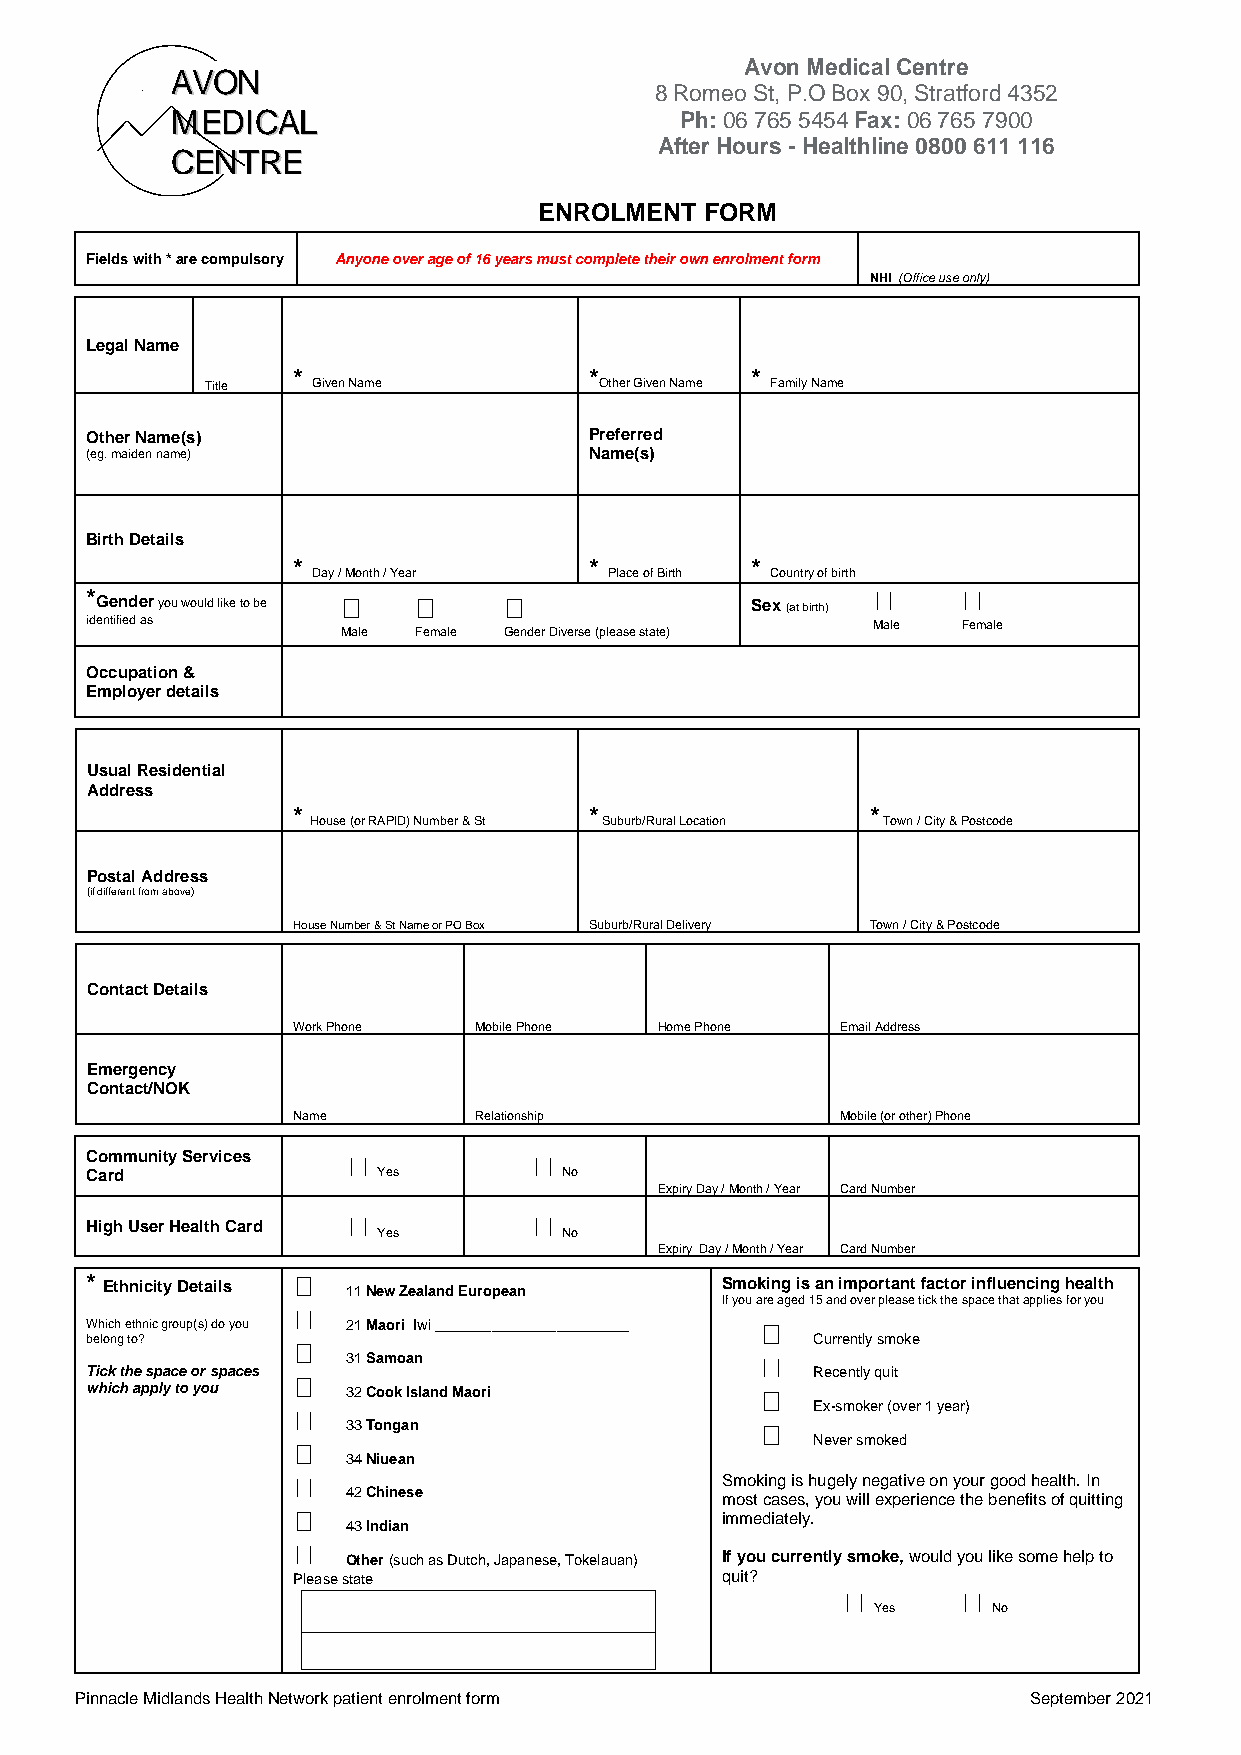
ENROLMENT  FORM
 Fields with * are compulsory Anyone over age of 16 years must complete their own enrolment form
 NHI (Office use only)
 Legal Name
 *                   *          *
 Title  Given Name         Other Given Name Family Name
 Other Name(s)                    Preferred
 (eg. maiden name)                Name(s)
 Birth Details
 *                   *          *
 Day / Month / Year Place of Birth Country of birth
 *
 ideG ne tifn ied
 d
 e asr you would like to be               S ex (at birth)
 Male  Fem ale
 Male Female Gender Diverse (please state)
 Occupation &
 Employer details
 Usual Residential
 Address
 *                   *                  *
 House (or RAPID) Number & St Suburb/Rural Location Town / City & Postcode
 Postal Address
 (if different from above)
 House Number & St Name or PO Box Suburb/Rural Delivery Town / City & Postcode
 Contact Details
 Work Phone  Mobile Phone Home Phone  Email Address
 Emergency
 Contact/NOK
 Name        Relationship             Mobile (or other) Phone
 Community Services
 Card               Yes         No
 Expiry Day / Month / Year Card Number
 High User Health Card
 Yes         No
 Expiry Day / Month / Year Card Number
 * Ethnicity Details 11 New Zealand European Smoking is an important factor influencing health
 If you are aged 15 and over please tick the space that applies for you
 Which ethnic group(s) do you 21 Maori Iwi ________________________
 belong to?                                      Currently smoke
 31 Samoan
 Tick the space or spaces                        Recently quit
 which apply to you 32 Cook Island Maori
 Ex-smoker (over 1 year)
 33 Tongan
 Never smoked
 34 Niuean
 Smoking is hugely negative on your good health. In
 42 Chinese               most cases, you will experience the benefits of quitting
 immediately.
 43 Indian
 Other (such as Dutch, Japanese, Tokelauan) If you currently smoke, would you like some help to
 Please state                 quit?
 Yes     No
 Pinnacle Midlands Health Network patient enrolment form        September 2021
 AAMMCC VV
 EEEE
 OO
 DDNN
 NN
 IITT CCRR AAEE LL
 8
 A
 RPf
 t
 ohe m e:
 0r
 H
 o6o
 A
 S
 7u
 v o n Mt
 , P .O6
 5 5 4r
 s - H
 e d i c
 B o x5
 4 Fe
 a l t h
 a l C e n t r e
 9 0 , S tr a tf o r da
 x : 0 6 7 6 5 7l
 i n e 0 8 0 0 6 1
 91
 40 301 5
 1
 2
 6